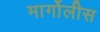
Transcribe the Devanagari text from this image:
मार्गोलीस